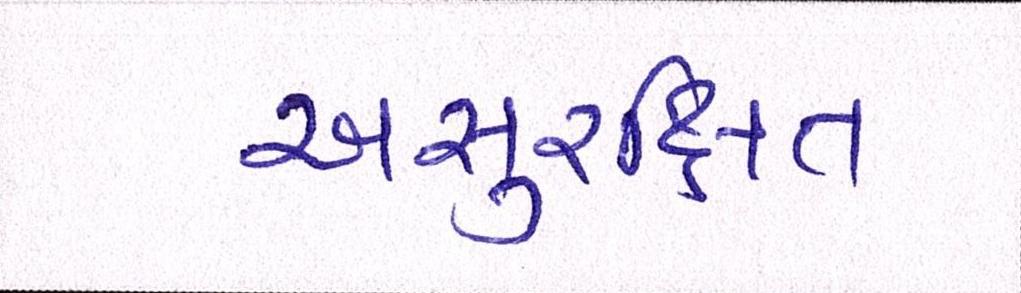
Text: અસુરિક્ષત